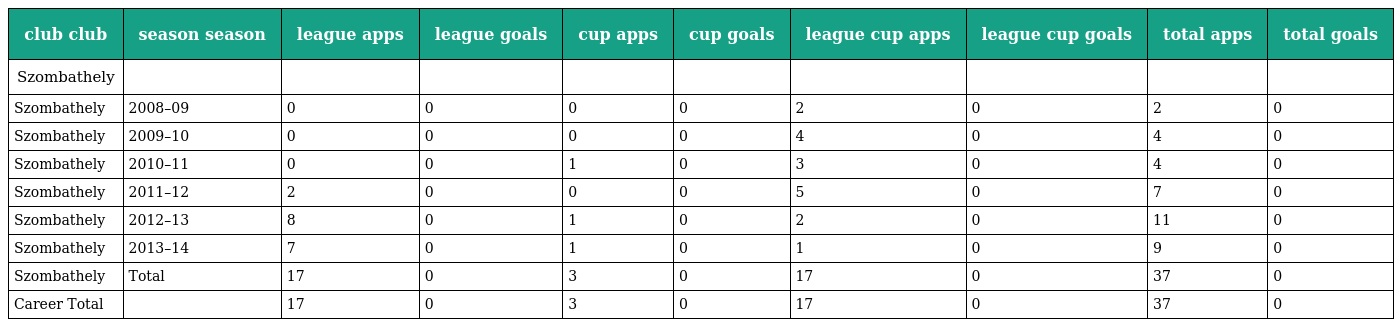
| club club | season season | league apps | league goals | cup apps | cup goals | league cup apps | league cup goals | total apps | total goals |
 | --- | --- | --- | --- | --- | --- | --- | --- | --- | --- |
 | Szombathely |  |  |  |  |  |  |  |  |  |
 | Szombathely | 2008–09 | 0 | 0 | 0 | 0 | 2 | 0 | 2 | 0 |
 | Szombathely | 2009–10 | 0 | 0 | 0 | 0 | 4 | 0 | 4 | 0 |
 | Szombathely | 2010–11 | 0 | 0 | 1 | 0 | 3 | 0 | 4 | 0 |
 | Szombathely | 2011–12 | 2 | 0 | 0 | 0 | 5 | 0 | 7 | 0 |
 | Szombathely | 2012–13 | 8 | 0 | 1 | 0 | 2 | 0 | 11 | 0 |
 | Szombathely | 2013–14 | 7 | 0 | 1 | 0 | 1 | 0 | 9 | 0 |
 | Szombathely | Total | 17 | 0 | 3 | 0 | 17 | 0 | 37 | 0 |
 | Career Total |  | 17 | 0 | 3 | 0 | 17 | 0 | 37 | 0 |